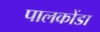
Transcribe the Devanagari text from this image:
पालकोंडा